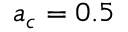
a _ { c } = 0 . 5